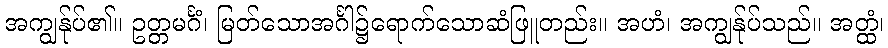
အကျွန်ုပ်၏။ ဥတ္တမင်္ဂံ၊ မြတ်သောအင်္ဂါ၌ရောက်သောဆံဖြူတည်း။ အဟံ၊ အကျွန်ုပ်သည်။ အတ္ထံ၊